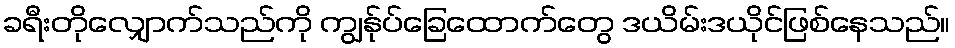
ခရီးတိုလျှောက်သည်ကို ကျွန်ုပ်ခြေထောက်တွေ ဒယိမ်းဒယိုင်ဖြစ်နေသည်။